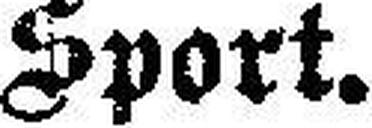
Sport.